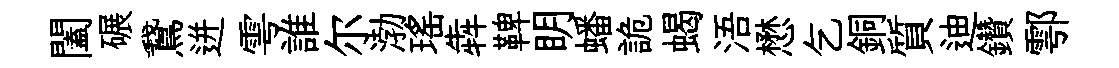
闔碾鵞迸雩誰尔渤瑶犇鞞眀蟠詭蝎浯懋乞銅質迪鑽鄠